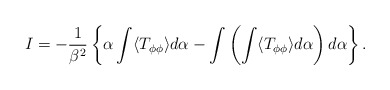
\begin{align*}I=-{1\over\beta^2}\left\{ {\alpha\int\langle T_{\phi\phi}\rangle d\alpha} -{\int\left(\int\langle T_{\phi\phi}\rangle d\alpha\right)d\alpha}\right\}.\end{align*}